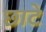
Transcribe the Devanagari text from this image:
छाटे